system: You are a helpful assistant.
user:
Analyze the provided spectrum to determine if it is a **"Cataclysmic Variables (CV)"**.

- **Key Indicators for CV (Check for either state):**
    - **State 1: Quiescent / Low-State (Emission-Dominated)**
        - **(Primary):** Strong and *very broad* Hydrogen Balmer emission lines (e.g., $H\alpha$ at 6563 Å, $H\beta$ at 4861 Å). The 'broadness' (high velocity dispersion, often FWHM > 1000 km/s) is the key diagnostic, indicating a high-velocity accretion disk.
        - **(Secondary):** Broad neutral Helium (He I) emission lines (e.g., 5876 Å, 6678 Å).
        - **(Key Confirmation):** Presence of high-excitation *ionized* Helium (He II) emission at 4686 Å. This is a strong indicator of accretion onto a white dwarf.
        - **(Line Profile):** Emission lines may exhibit a 'double-peaked' profile, which is a classic signature of a rotating accretion disk viewed at high inclination.

    - **State 2: Outburst / High-State (Absorption-Dominated)**
        - **(Primary):** Spectrum is dominated by a bright, blue continuum (looks like a hot star).
        - **(Secondary):** The emission lines from State 1 are weak, absent, or 'filled in', and are replaced by broad, shallow *absorption* lines (primarily Balmer and He I).
        - **(Morphology):** The overall spectrum mimics a hot B/A-type star. The crucial difference is that the absorption lines are significantly broader, shallower, and more 'washed-out' (or 'smeared') than the sharp lines of a normal stellar photosphere, due to high rotational speeds and pressure broadening in the disk.

Think first, call **spectral_visualization_tool** if needed to examine features in detail, then provide your final answer. Your response must adhere to the following strict rules:
1.  **Overall Structure:** Your response must follow the format `<think>...</think> <tool_call>...</tool_call> (if a tool is used) <answer>...</answer>`.
2.  **Tool Usage Constraint:** You may only make **one** tool call per turn.
3.  **Final Answer Format:** In the `<answer>` tag, your conclusion must be inside a `\boxed{}` command (e.g., `\boxed{YES}`), followed by your justification.

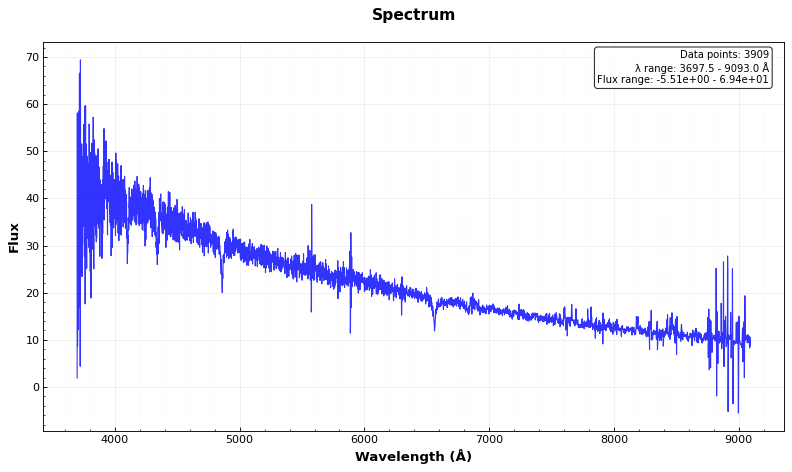
Answer: NO